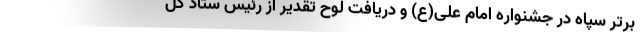
برتر سپاه در جشنواره امام علی(ع) و دریافت لوح تقدیر از رئیس ستاد کل